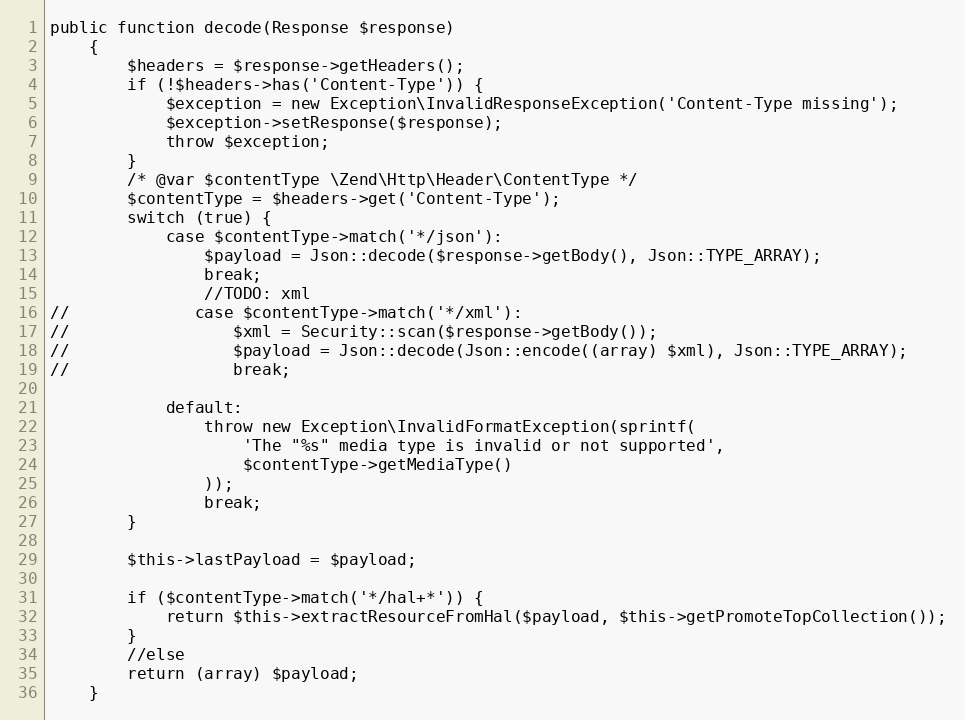
Language: PHP
public function decode(Response $response)
    {
        $headers = $response->getHeaders();
        if (!$headers->has('Content-Type')) {
            $exception = new Exception\InvalidResponseException('Content-Type missing');
            $exception->setResponse($response);
            throw $exception;
        }
        /* @var $contentType \Zend\Http\Header\ContentType */
        $contentType = $headers->get('Content-Type');
        switch (true) {
            case $contentType->match('*/json'):
                $payload = Json::decode($response->getBody(), Json::TYPE_ARRAY);
                break;
                //TODO: xml
//             case $contentType->match('*/xml'):
//                 $xml = Security::scan($response->getBody());
//                 $payload = Json::decode(Json::encode((array) $xml), Json::TYPE_ARRAY);
//                 break;

            default:
                throw new Exception\InvalidFormatException(sprintf(
                    'The "%s" media type is invalid or not supported',
                    $contentType->getMediaType()
                ));
                break;
        }

        $this->lastPayload = $payload;

        if ($contentType->match('*/hal+*')) {
            return $this->extractResourceFromHal($payload, $this->getPromoteTopCollection());
        }
        //else
        return (array) $payload;
    }